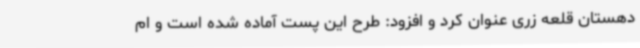
دهستان قلعه زری عنوان کرد و افزود: طرح این پست آماده شده است و ام